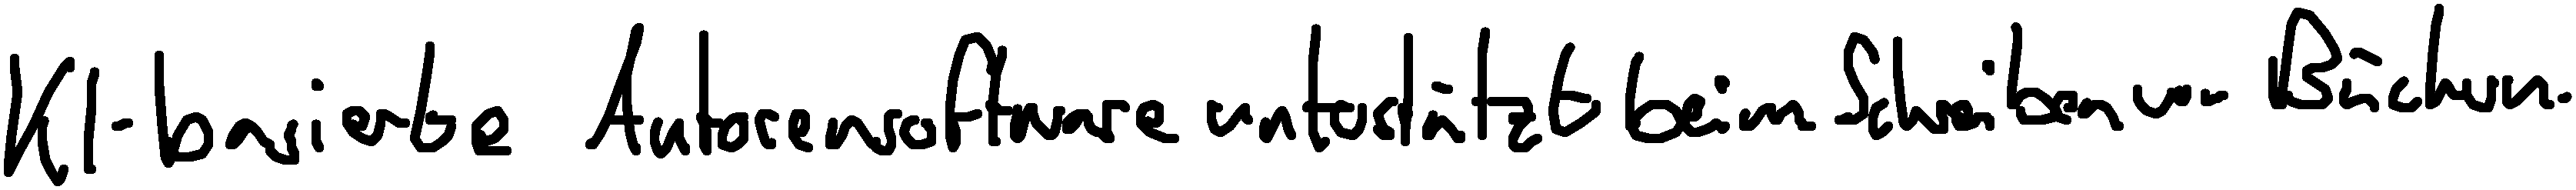
KI-basierte Autorensoftware unterstützt beim Schreiben von Büchern.